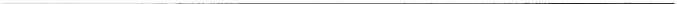
___